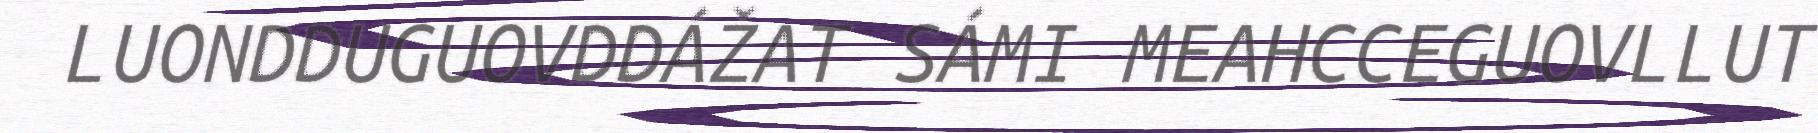
LUONDDUGUOVDDÁŽAT SÁMI MEAHCCEGUOVLLUT